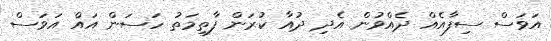
އަވަސް ސިފާއެއް ދެއްވުން އެދި ދުއާ ކުރަން ފާތިމަތު ހަސަން އައް އަވަސް